Report of the Indian Hemp Drugs Commission, 1894-1895 - Volume V
Year: 1894
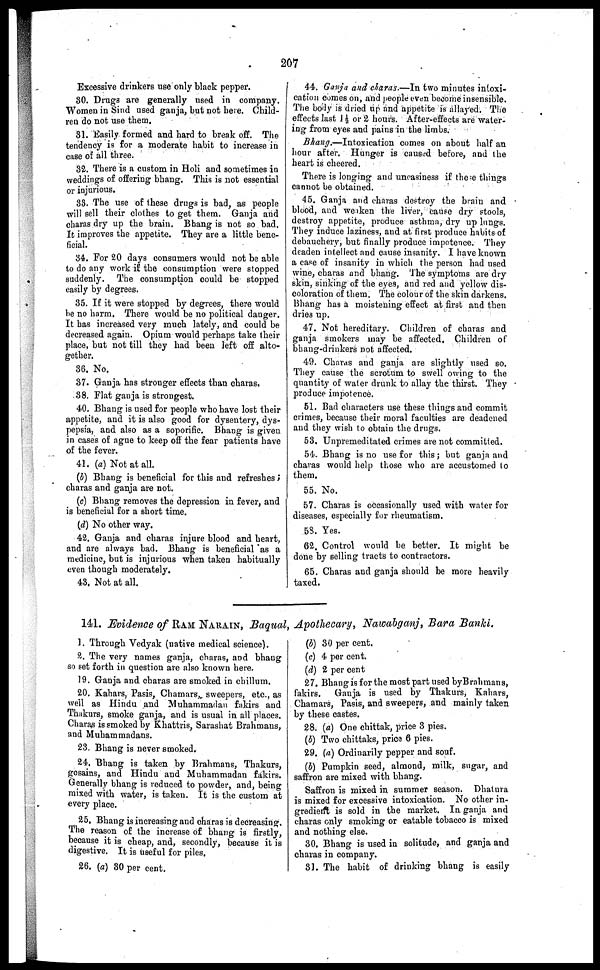
207
Excessive drinkers use only black pepper.
30. Drugs are generally used in company.
Women in Sind used ganja, but not here. Child-
ren do not use them.
31. Easily formed and hard to break off. The
tendency is for a moderate habit to increase in
case of all three.
32. There is a custom in Holi and sometimes in
weddings of offering bhang. This is not essential
or injurious.
33. The use of these drugs is bad, as people
will sell their clothes to get them. Ganja and
charas dry up the brain. Bhang is not so bad.
It improves the appetite. They are a little bene-
ficial.
34. For 20 days consumers would not be able
to do any work if the consumption were stopped
suddenly. The consumption could be stopped
easily by degrees.
35. If it were stopped by degrees, there would
be no harm. There would be no political danger.
It has increased very much lately, and could be
decreased again. Opium would perhaps take their
place, but not till they had been left off alto-
gether.
36. No.
37. Ganja has stronger effects than charas.
38. Flat ganja is strongest.
40. Bhang is used for people who have lost their
appetite, and it is also good for dysentery, dys-
pepsia, and also as a soporific. Bhang is given
in cases of ague to keep off the fear patients have
of the fever.
41. (a) Not at all.
(b) Bhang is beneficial for this and refreshes ;
charas and ganja are not.
(c) Bhang removes the depression in fever, and
is beneficial for a short time.
(d) No other way.
42. Ganja and charas injure blood and heart,
and are always bad. Bhang is beneficial as a
medicine, but is injurious when taken habitually
even though moderately.
43. Not at all.
44. Ganja and charas.—In two minutes intoxi-
cation comes on, and people even become insensible.
The body is dried up and appetite is allayed. The
effects last 1½ or 2 hours. After-effects are water-
ing from eyes and pains in the limbs.
Bhang.—Intoxication comes on about half an
hour after. Hunger is caused before, and the
heart is cheered.
There is longing and uncasiness if these things
cannot be obtained.
45. Ganja and charas destroy the brain and
blood, and weaken the liver, cause dry stools,
destroy appetite, produce asthma, dry up lungs.
They induce laziness, and at first produce habits of
debauchery, but finally produce impotence. They
deaden intellect and cause insanity. I have known
a case of insanity in which the person had used
wine, charas and bhang. The symptoms are dry
skin, sinking of the eyes, and red and yellow dis-
coloration of them. The colour of the skin darkens.
Bhang has a moistening effect at first and then
dries up.
47. Not hereditary. Children of charas and
ganja smokers may be affected, Children of
bhang-drinkers not affected.
49. Charas and ganja are slightly used so.
They cause the scrotum to swell owing to the
quantity of water drunk to allay the thirst. They
produce impotence.
51. Bad characters use these things and commit
crimes, because their moral faculties are deadened
and they wish to obtain the drugs.
53. Unpremeditated crimes are not committed.
54. Bhang is no use for this ; but ganja and
charas would help those who are accustomed to
them.
55. No.
57. Charas is occasionally used with water for
diseases, especially for rheumatism.
58. Yes.
62. Control would be better. It might be
done by selling tracts to contractors.
65. Charas and ganja should be more heavily
taxed.
141. Evidence of RAM NARAIN , Baqual, Apothecary, Nawabganj, Bara Banki.
1. Through Vedyak (native medical science).
2. The very names ganja, charas, and bhang
so set forth in question are also known here.
19. Ganja and charas are smoked in chillum.
20. Kahars, Pasis, Chamars, sweepers, etc., as
well as Hindu and Muhammadan fakirs and
Thakurs, smoke ganja, and is usual in all places.
Charas is smoked by Khattris, Sarashat Brahmans,
and Muhammadans.
23. Bhang is never smoked.
24. Bhang is taken by Brahmans, Thakurs,
gosains, and Hindu and Muhammadan fakirs.
Generally bhang is reduced to powder, and, being
mixed with water, is taken. It is the custom at
every place.
25. Bhang is increasing and charas is decreasing.
The reason of the increase of bhang is firstly,
because it is cheap, and, secondly, because it is
digestive. It is useful for piles.
26. (a) 30 per cent.
(6) 30 per cent.
(c) 4 per cent.
(d) 2 per cent
27. Bhang is for the most part used by Brahmans,
fakirs.
Ganja is used by Thakurs, Kahars,
Chamars, Pasis, and sweepers, and mainly taken
by these castes.
28. (a) One chittak, price 3 pies.
(b) Two chittaks, price 6 pies.
29. (a) Ordinarily pepper and souf.
(b) Pumpkin seed, almond, milk, sugar, and
saffron are mixed with bhang.
Saffron is mixed in summer season. Dhatura
is mixed for excessive intoxication, No other in-
gredient is sold in the market. In ganja and
charas only smoking or eatable tobacco is mixed
and nothing else.
30. Bhang is used in solitude, and ganja and
charas in company.
31. The habit of drinking bhang is easily